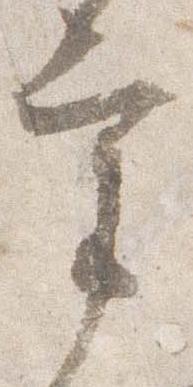
宰